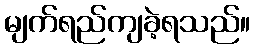
မျက်ရည်ကျခဲ့ရသည်။